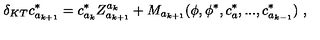
\delta _ { K T } c _ { a _ { k + 1 } } ^ { * } = c _ { a _ { k } } ^ { * } Z _ { a _ { k + 1 } } ^ { a _ { k } } + M _ { a _ { k + 1 } } ( \phi , \phi ^ { * } , c _ { a } ^ { * } , . . . , c _ { a _ { k - 1 } } ^ { * } ) \ ,